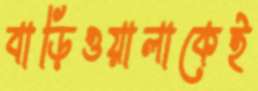
বাড়িওয়ালাকেই